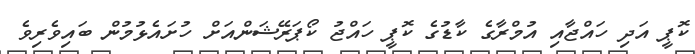
ކޮޕީ އަދި ހައްޖާއި އުމްރާގެ ކާޑުގެ ކޮޕީ ހައްޖު ކޯޕަރޭޝަންއަށް ހުށައެޅުމުން ބައިވެރިވެ